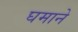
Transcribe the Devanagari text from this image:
घमाने